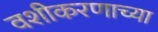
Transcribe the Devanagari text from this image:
वशीकरणाच्या